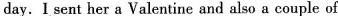
day. I sent her a Valentine and also a couple of